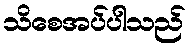
သိစေအပ်ပါသည်